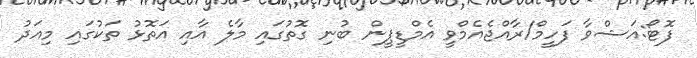
ފޮޓޯ:އަޝްވާ ފަހީމް/ރާއްޖެއެމްވީ އެމްޑީޕީން ބުނި ގޮތުގައި މާލެ އާއި އަތޮޅު ތަކުގައި މިއަދު